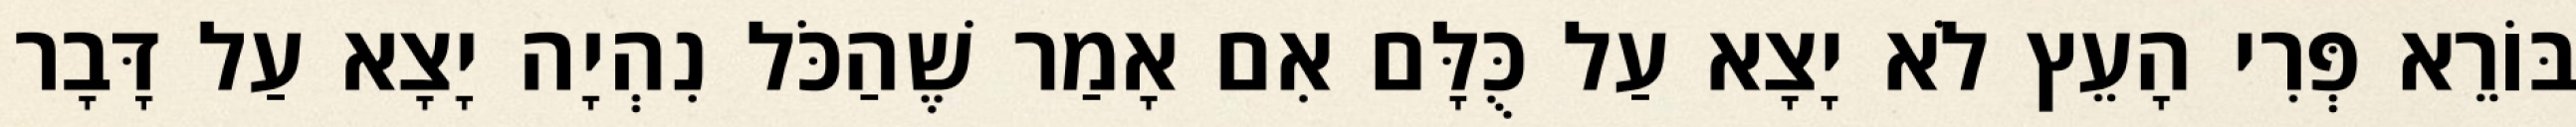
בּוֹרֵא פְּרִי הָעֵץ לֹא יָצָא עַל כֻּלָּם אִם אָמַר שֶׁהַכֹּל נִהְיָה יָצָא עַל דָּבָר